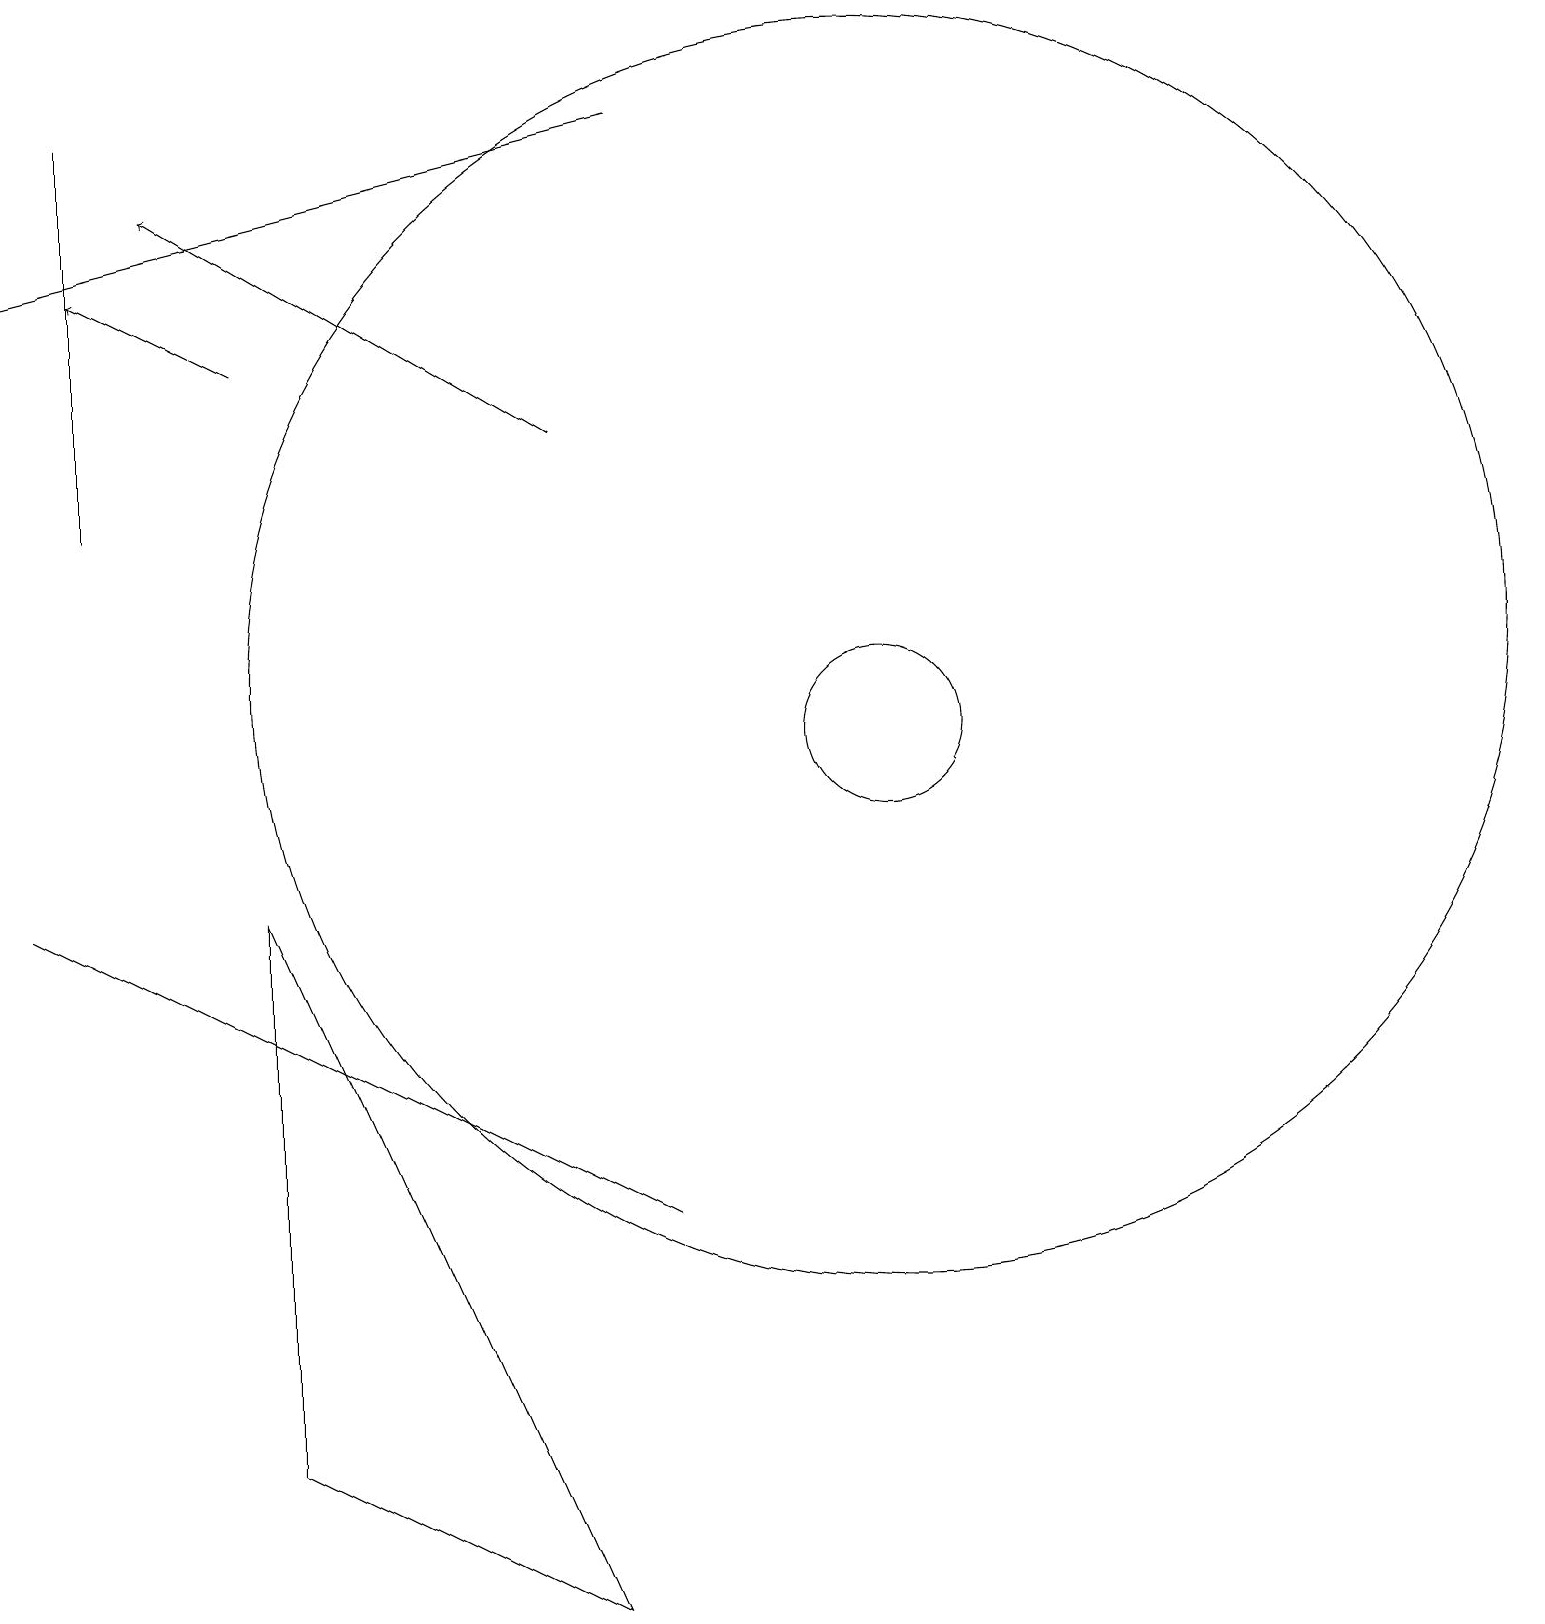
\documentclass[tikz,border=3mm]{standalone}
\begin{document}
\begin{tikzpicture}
\draw (11,12) circle (8);
\draw (11,11) circle (1);
\draw[->] (7,15) -- (2,18);
\draw[->] (3,16) -- (1,17);
\draw (3,9) -- (7,0) -- (3,2) -- cycle;
\draw[->] (8,19) -- (0,17);
\draw (0,9) -- (4,7) -- (8,5) -- cycle;
\draw (1,14) rectangle (1,19);
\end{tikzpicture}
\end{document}